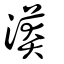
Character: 漭